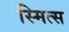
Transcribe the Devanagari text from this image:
स्मित्स